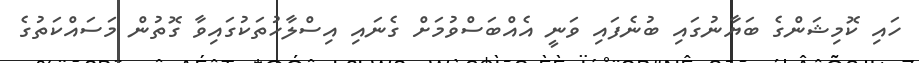
ހައި ކޮމިޝަންގެ ބަޔާނުގައި ބުނެފައި ވަނީ އެއްބަސްވުމަށް ގެނައި އިސްލާހުތަކުގައިވާ ގޮތުން މަސައްކަތުގެ